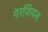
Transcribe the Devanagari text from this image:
पेरशियन